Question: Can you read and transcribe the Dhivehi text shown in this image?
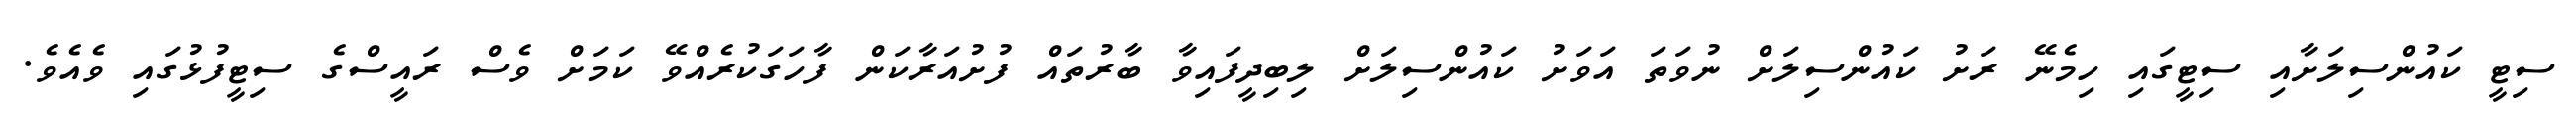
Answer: ސިޓީ ކައުންސިލަށާއި ސިޓީގައި ހިމެނޭ ރަށު ކައުންސިލަށް ނުވަތަ އަވަށު ކައުންސިލަށް ލިބިދީފައިވާ ބާރުތައް ފުށުއަރާކަން ފާހަގަކުރެއްވޭ ކަމަށް ވެސް ރައީސްގެ ސިޓީފުޅުގައި ވެއެވެ.